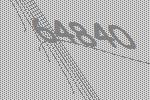
64840